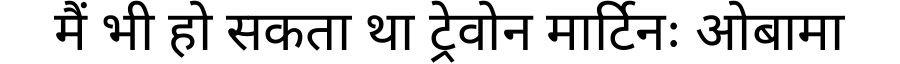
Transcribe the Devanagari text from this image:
मैं भी हो सकता था ट्रेवोन मार्टिनः ओबामा